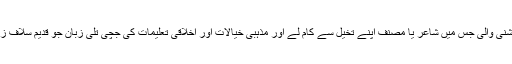
روز مرہ کے واقعات اور معاملات کی زبان ادبی چاشنی والی جس میں شاعر یا مصنف اپنے تخیل سے کام لے اور مذہبی خیالات اور اخلاقی تعلیمات کی جچی تلی زبان جو قدیم سلاف زبان پر روسی بولی کے غلبے کی نشاندہی کرتی ہے۔